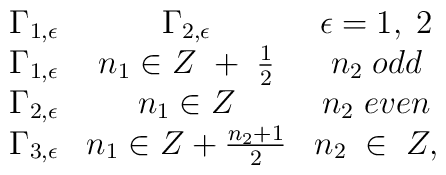
\begin{array}{cccc}\Gamma_{1,\epsilon}&\Gamma_{2,\epsilon}&\epsilon=1,\;2\nonumber\\\Gamma_{1,\epsilon}&n_1 \in Z\ +\;\frac{1}{2}& n_2\;odd\nonumber\\\Gamma_{2,\epsilon}&n_1 \in Z &n_2\;even\nonumber\\\Gamma_{3,\epsilon}&n_1 \in Z + \frac{n_2 +1}{2}&n_2\;\in\; Z,\end{array}